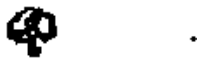
.